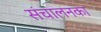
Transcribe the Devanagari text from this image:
संचालनका